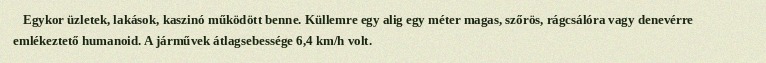
Egykor üzletek, lakások, kaszinó működött benne. Küllemre egy alig egy méter magas, szőrös, rágcsálóra vagy denevérre emlékeztető humanoid. A járművek átlagsebessége 6,4 km/h volt.